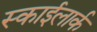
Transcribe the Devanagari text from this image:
स्काईलार्क